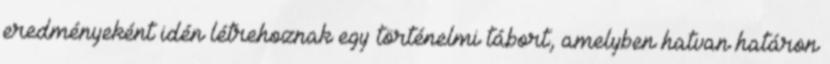
eredményeként idén létrehoznak egy történelmi tábort, amelyben hatvan határon